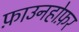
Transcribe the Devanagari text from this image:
फ़ाउनहोफ़र